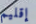
إقليم